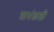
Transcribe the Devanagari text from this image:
साभंळली